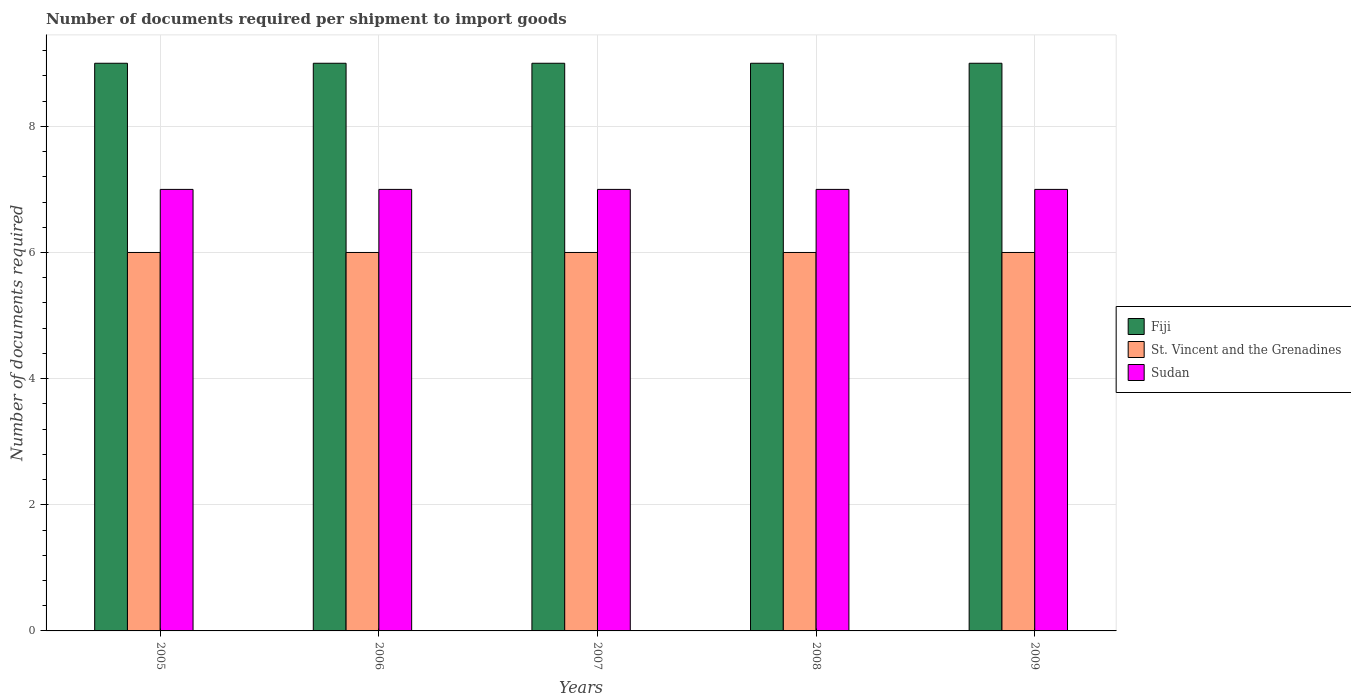
| Years | Fiji | St. Vincent and the Grenadines | Sudan |
 | --- | --- | --- | --- |
 | 2005 | 9 | 6 | 7 |
 | 2006 | 9 | 6 | 7 |
 | 2007 | 9 | 6 | 7 |
 | 2008 | 9 | 6 | 7 |
 | 2009 | 9 | 6 | 7 |